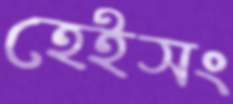
হেইসং